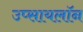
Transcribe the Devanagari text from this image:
उप्सायलॉन